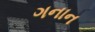
ગનાન